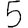
Digit: 5